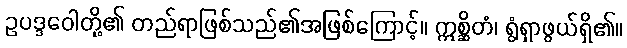
ဥပဒ္ဒဝေါတို့၏ တည်ရာဖြစ်သည်၏အဖြစ်ကြောင့်။ ဣစ္ဆိတံ၊ ရွံရှာဖွယ်ရှိ၏။